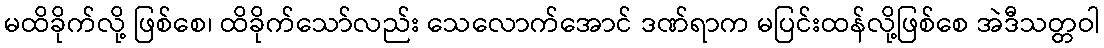
မထိခိုက်လို့ ဖြစ်စေ၊ ထိခိုက်သော်လည်း သေလောက်အောင် ဒဏ်ရာက မပြင်းထန်လို့ဖြစ်စေ အဲဒီသတ္တဝါ